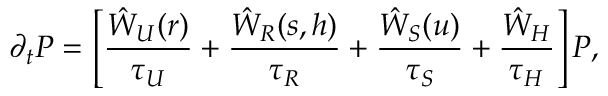
\partial _ { t } P = \left[ \frac { \hat { W } _ { U } ( r ) } { \tau _ { U } } + \frac { \hat { W } _ { R } ( s , h ) } { \tau _ { R } } + \frac { \hat { W } _ { S } ( u ) } { \tau _ { S } } + \frac { \hat { W } _ { H } } { \tau _ { H } } \right] P ,